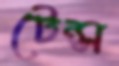
টেন্স